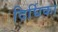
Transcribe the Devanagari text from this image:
दिर्घिका